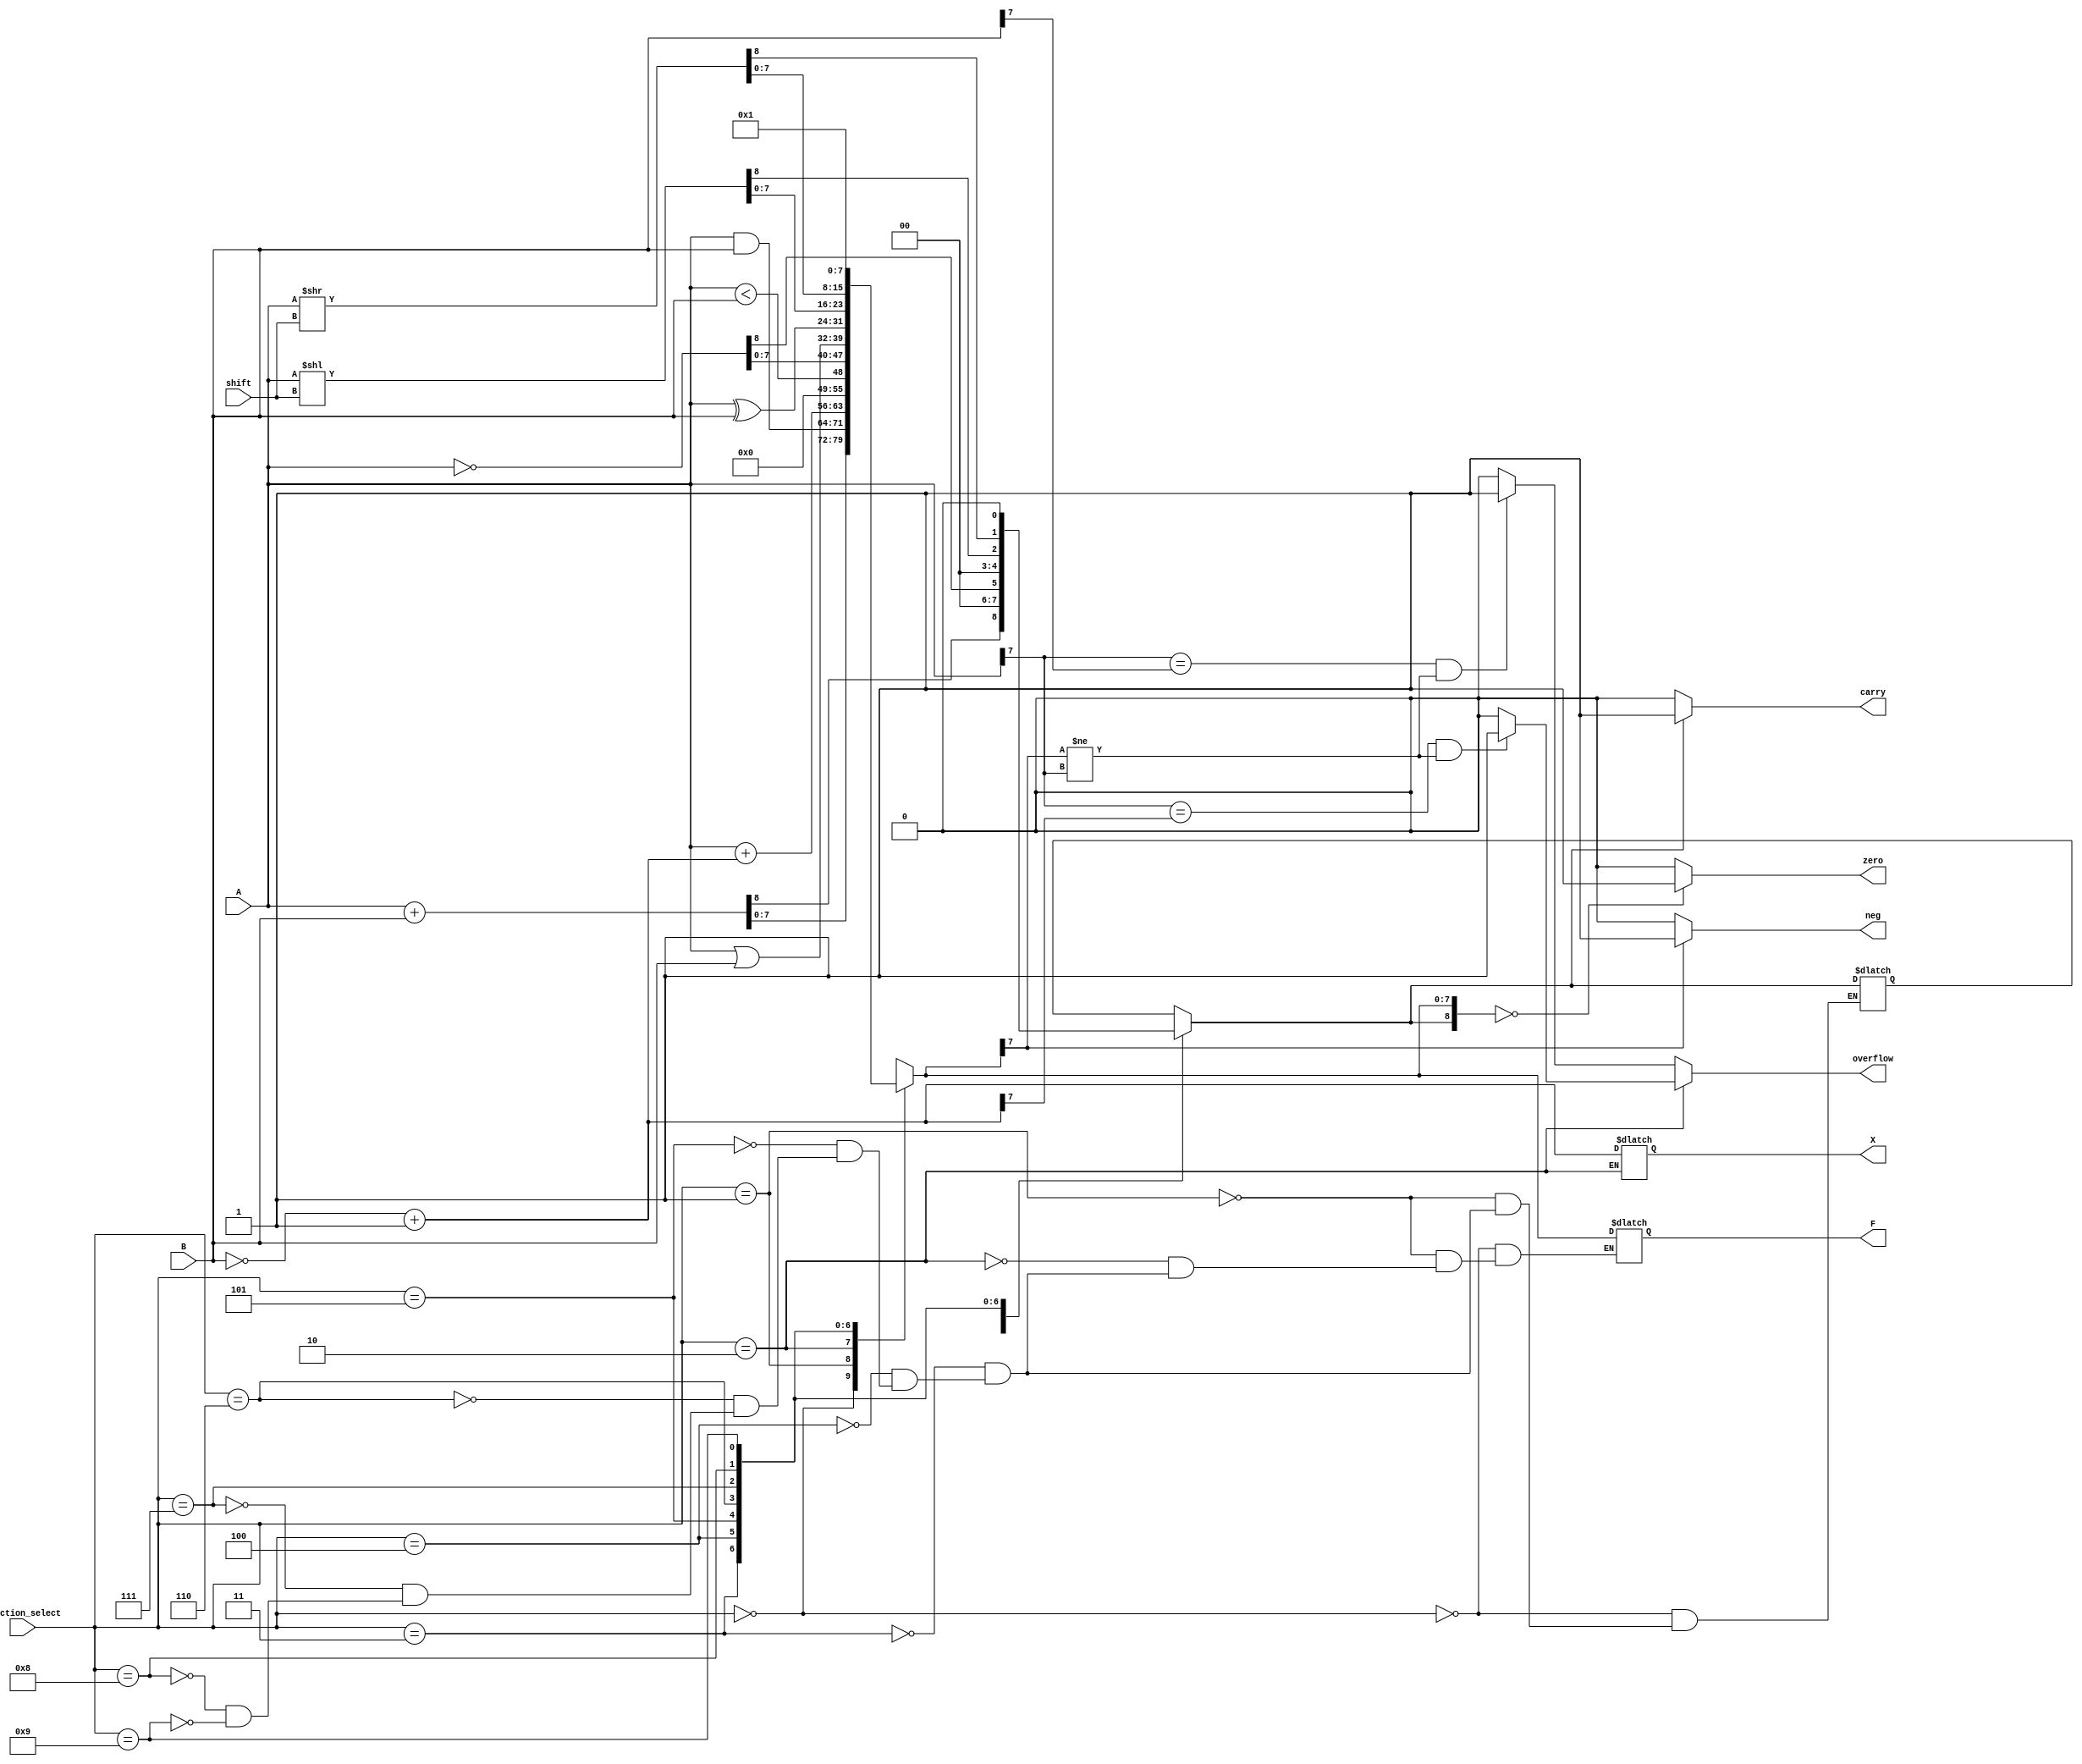
`timescale 1ns / 1ps
//////////////////////////////////////////////////////////////////////////////////
// Company: 
// Engineer: 
// 
// Design Name: 
// Module Name:    alu 
// Project Name: 
// Target Devices: 
// Tool versions: 
// Description: 
//
// Dependencies: 
//
// Revision: 
// Revision 0.01 - File Created
// Additional Comments: 
//
//////////////////////////////////////////////////////////////////////////////////
module alu(function_select,shift,A,B,F,zero,neg,carry,overflow,X);
    input [3:0] function_select;
    input [2:0] shift;
    input [7:0] A,B;
    output reg [7:0] X;
    output wire [7:0] F;
    output zero,neg,carry,overflow;
    
     reg zero,neg,carry,overflow;
    reg [8:0] regcarry; // 9 bits
    always@(A,B,function_select)begin
        case(function_select)
            //Addition
            4'b0000: regcarry = A+B;
            // AND Immediate and And Immediate
            4'b0001: regcarry = A&B;
            //Subtract
            4'b0010: regcarry[7:0] = A+ (~B +1);
            //Set if Less Than
            4'b0011: regcarry = A<B;
            // Compliment
            4'b0100: regcarry = ~A;
            // OR Immediate
            4'b0101: regcarry = A|B;
            // Exclusive-OR
            4'b0110: regcarry = A^B;
            // Logical Shift Right
            4'b0111: regcarry = A<< shift;
            // Logical Shift Left
            4'b1000: regcarry = A>> shift; 
            // default
            4'b1001: regcarry = (A == A) && (B ==B);
        endcase
        // Zero flag
        if(regcarry == 0)
        begin
           zero <= 1; 
        end
        else 
        begin 
            zero <= 0;
         end
        // Negative flag
        if( regcarry[7]== 1 )
            begin 
            neg <= 1;
            end
        else
            begin
            neg <= 0;
            end
        // Carry Flag
        if(regcarry[8]== 1'b1)
        begin
            carry <= 1;
        end
        else
        begin
            carry <= 0;
        end 
        // Overflow Flag
        if(function_select == 4'b0010)
        begin
             X = ~B+1;
            if(A[7]== X[7] && regcarry[7]!=A[7])
                begin
                overflow = 1;
                end
           else
                begin
                overflow = 0;
                end
        end
        else
        if(A[7]== B[7]&& regcarry[7]!=A[7])
        begin
            overflow <= 1;
        end
        else
        begin
            overflow <= 0;
        end
     end
    // Assign
    assign F = regcarry[7:0];
    
endmodule